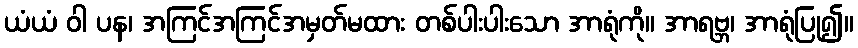
ယံယံ ဝါ ပန၊ အကြင်အကြင်အမှတ်မထား တစ်ပါးပါးသော အာရုံကို။ အာရဗ္ဘ၊ အာရုံပြု၍။